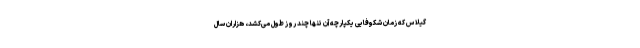
گیلاس که زمان شکوفایی یکپارچه آن تنها چند روز طول می‌کشد، هزاران سال